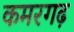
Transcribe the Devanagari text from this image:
कमरगढ़